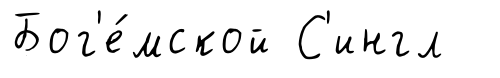
Бог'е́мской С'ингл